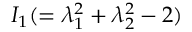
I _ { 1 } ( = \lambda _ { 1 } ^ { 2 } + \lambda _ { 2 } ^ { 2 } - 2 )